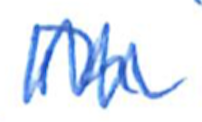
Text: in
Cross-out: zig-zag
Writing tool: ballpoint